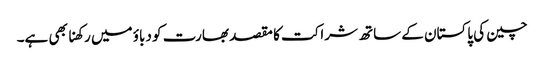
چین کی پاکستان کے ساتھ شراکت کا مقصد بھارت کو دباؤ میں رکھنا بھی ہے۔